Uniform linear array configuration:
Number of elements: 12
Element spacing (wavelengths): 1
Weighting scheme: kaiser
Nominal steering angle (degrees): -45
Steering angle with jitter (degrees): -46.435
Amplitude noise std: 0.05
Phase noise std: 0.05

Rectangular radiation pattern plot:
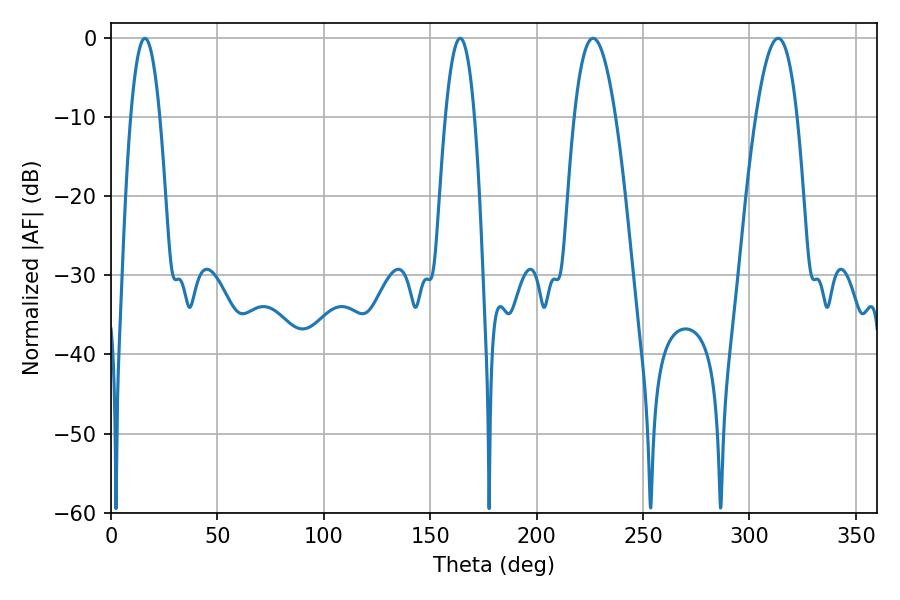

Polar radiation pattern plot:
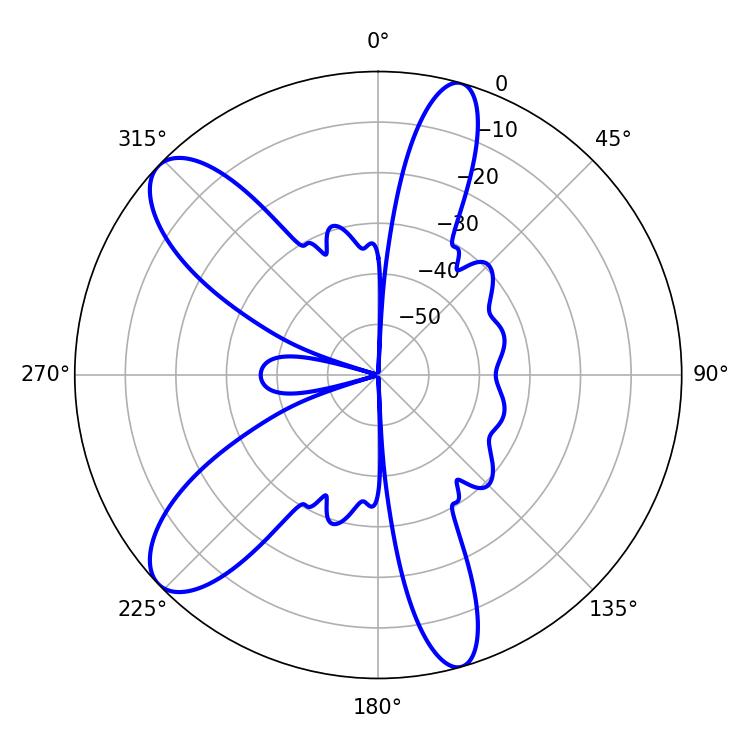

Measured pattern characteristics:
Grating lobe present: TRUE
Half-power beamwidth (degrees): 10.62
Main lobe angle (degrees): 226.44